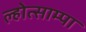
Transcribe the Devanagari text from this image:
ल्होत्साम्पा